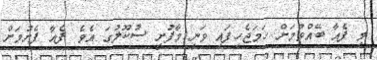
މި ފެއާ ބޭއްވުމަށް ހަމަޖެހިފައި ވަނީ މާފުށީ ސުކޫލުގަ އެވެ. ފެއާ ފެށުމަށް